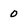
Character: 0